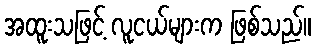
အထူးသဖြင့် လူငယ်များက ဖြစ်သည်။